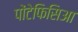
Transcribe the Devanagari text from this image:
पोंटेफिसिआ